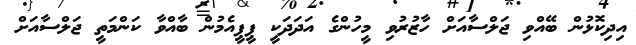
އިދިކޮޅުން ބޭއްވި ޖަލްސާއަށް ހާޒުރުވި މީހުންގެ އަދަދަކީ ޕީޕީއެމުން ބާއްވާ ކަންމަތީ ޖަލްސާއަށް